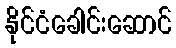
နိုင်ငံခေါင်းဆောင်